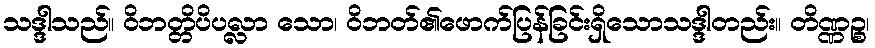
သဒ္ဒါသည်။ ဝိဘတ္တိပိပလ္လာ သော၊ ဝိဘတ်၏ဖောက်ပြန်ခြင်းရှိသောသဒ္ဒါတည်း။ တိဏ္ဏဉ္စ၊